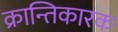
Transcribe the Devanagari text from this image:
क्रान्तिकारक